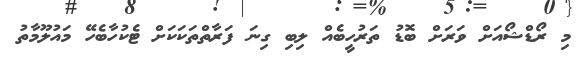
މި ރޯޑްޝޯއަށް ވަރަށް ބޮޑު ތަރުހީބެއް ލިބި ގިނަ ފަރާތްތަކަކަށް ޓެކުހާބެހޭ މައުލޫމާތު